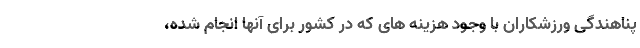
پناهندگی ورزشکاران با وجود هزینه های که در کشور برای آنها انجام شده،